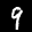
Label: 9